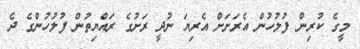
މީގެ ކުރިން ފުލުހުން އެރަށަށް އެރިޔަ ނުދީ ރަށުގެ ރައްޔިތުން ފުލުހުންގެ ދެ